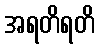
အရတိရတိ